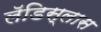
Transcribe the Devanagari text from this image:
लॅडिस्लास